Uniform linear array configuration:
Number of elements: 32
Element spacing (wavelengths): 0.25
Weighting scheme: uniform
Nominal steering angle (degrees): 60
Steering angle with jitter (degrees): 61.903
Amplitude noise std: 0.05
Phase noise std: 0.05

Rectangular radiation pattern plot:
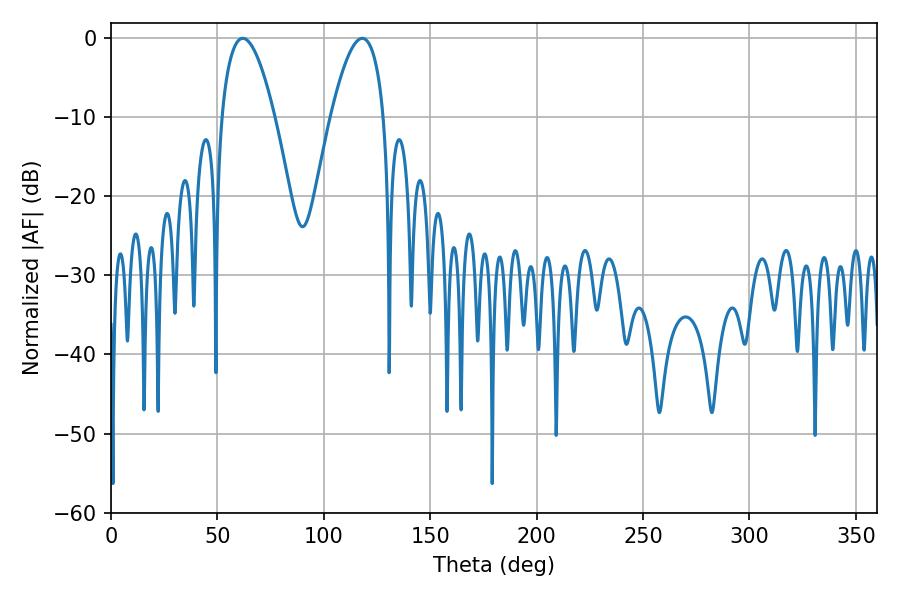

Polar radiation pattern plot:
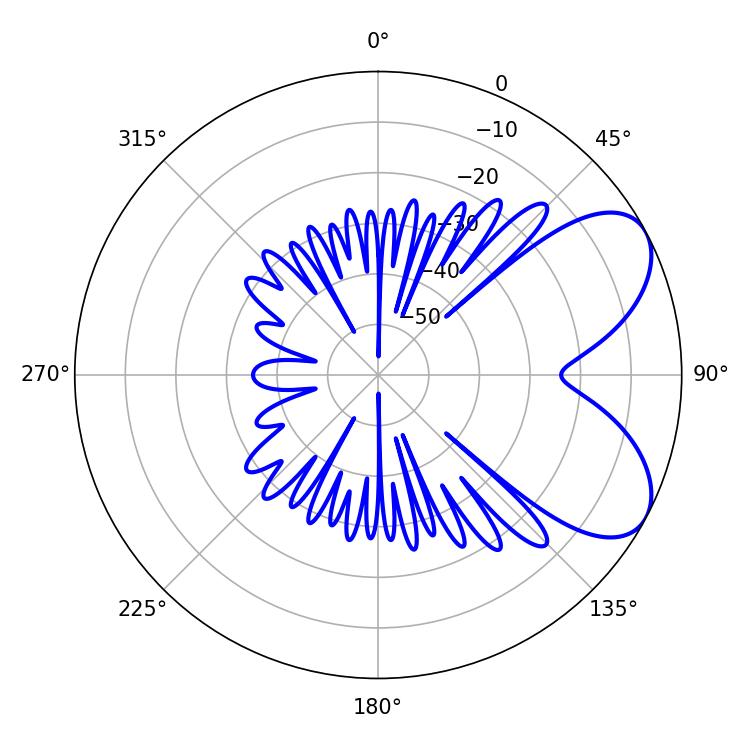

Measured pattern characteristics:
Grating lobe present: FALSE
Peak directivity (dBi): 6.34
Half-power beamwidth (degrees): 13.86
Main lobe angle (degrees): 61.92